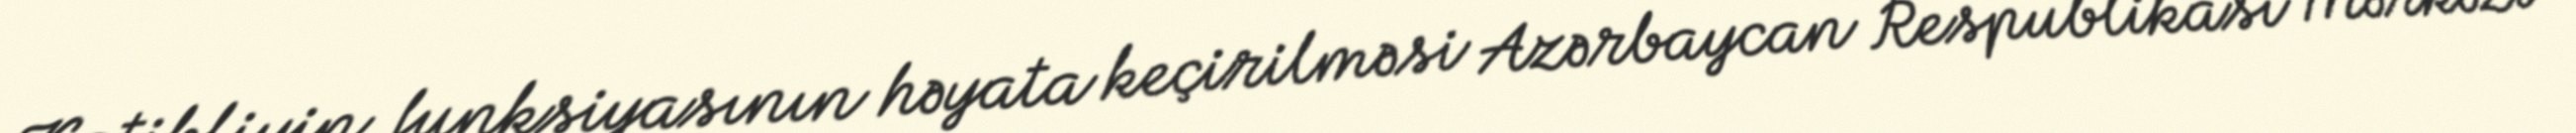
Katibliyin funksiyasının həyata keçirilməsi Azərbaycan Respublikası Mərkəzi